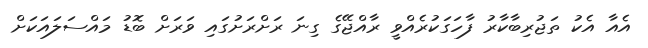
އެއާ އެކު ތަޖުރިބާކާރު ފާހަގަކުރެއްވީ ރާއްޖޭގެ ގިނަ ރަށްރަށުގައި ވަރަށް ބޮޑު މައްސަލައަކަށް